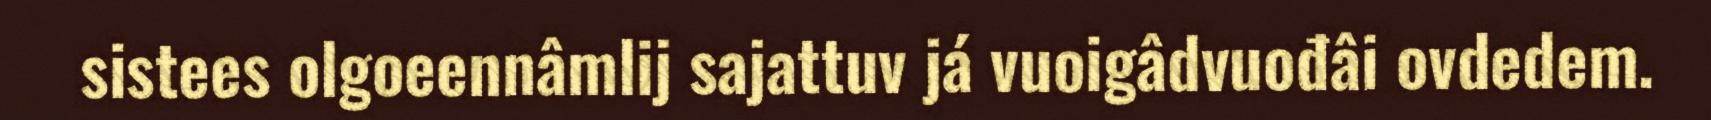
sistees olgoeennâmlij sajattuv já vuoigâdvuođâi ovdedem.